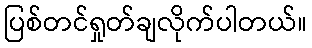
ပြစ်တင်ရှုတ်ချလိုက်ပါတယ်။